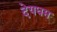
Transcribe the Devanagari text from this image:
देयधम